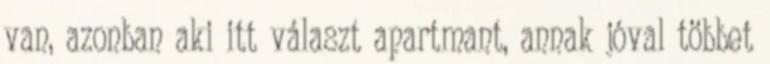
van, azonban aki itt választ apartmant, annak jóval többet